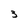
Character: 3